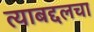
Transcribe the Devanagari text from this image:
त्याबद्दलचा